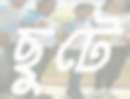
ছুটে